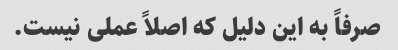
صرفاً به این دلیل که اصلاً عملی نیست.